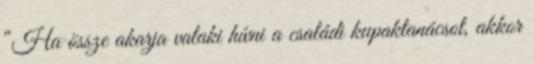
“Ha össze akarja valaki hívni a családi kupaktanácsot, akkor